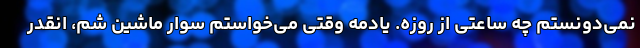
نمی‌دونستم چه ساعتی از روزه. یادمه وقتی می‌خواستم سوار ماشین شم، انقدر